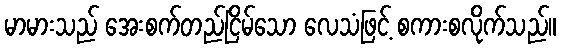
မာမားသည် အေးစက်တည်ငြိမ်သော လေသံဖြင့် စကားစလိုက်သည်။